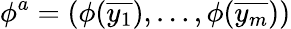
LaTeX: \phi^{a}=(\phi({\overline{{y_{1}}}}),\dots,\phi({\overline{{y_{m}}}}))